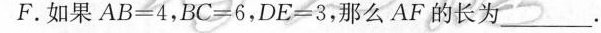
F。如果AB=4，BC=6，DE=3，那么AF的长为___。